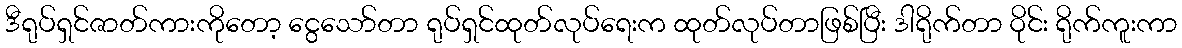
ဒီရုပ်ရှင်ဇာတ်ကားကိုတော့ ငွေသော်တာ ရုပ်ရှင်ထုတ်လုပ်ရေးက ထုတ်လုပ်တာဖြစ်ပြီး ဒါရိုက်တာ ဝိုင်း ရိုက်ကူးကာ